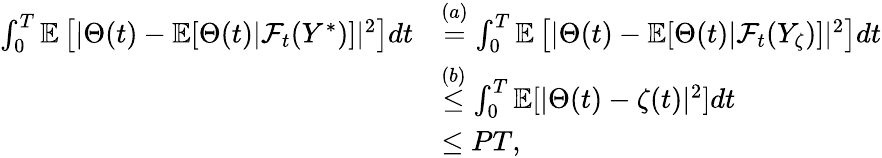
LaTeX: \begin{array}{rl}{\int_{0}^{T}\mathbb{E}\left[\vert\Theta(t)-\mathbb{E}[\Theta(t)\vert\mathcal{F}_{t}(Y^{\ast})]\vert^{2}\right]dt}&{\overset{(a)}{=}\int_{0}^{T}\mathbb{E}\left[\vert\Theta(t)-\mathbb{E}[\Theta(t)\vert\mathcal{F}_{t}(Y_{\zeta})]\vert^{2}\right]dt}\\ &{\overset{(b)}{\le}\int_{0}^{T}\mathbb{E}[\vert\Theta(t)-\zeta(t)\vert^{2}]dt}\\ &{\le PT,}\end{array}